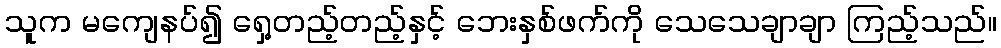
သူက မကျေနပ်၍ ရှေ့တည့်တည့်နှင့် ဘေးနှစ်ဖက်ကို သေသေချာချာ ကြည့်သည်။